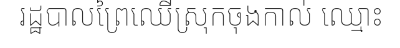
រដ្ឋបាលព្រៃឈើស្រុកចុងកាល់ ឈ្មោះ